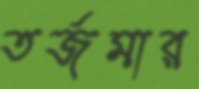
তর্জমার